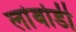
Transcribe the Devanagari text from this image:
लांबोडी